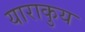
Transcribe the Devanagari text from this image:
याराकुय